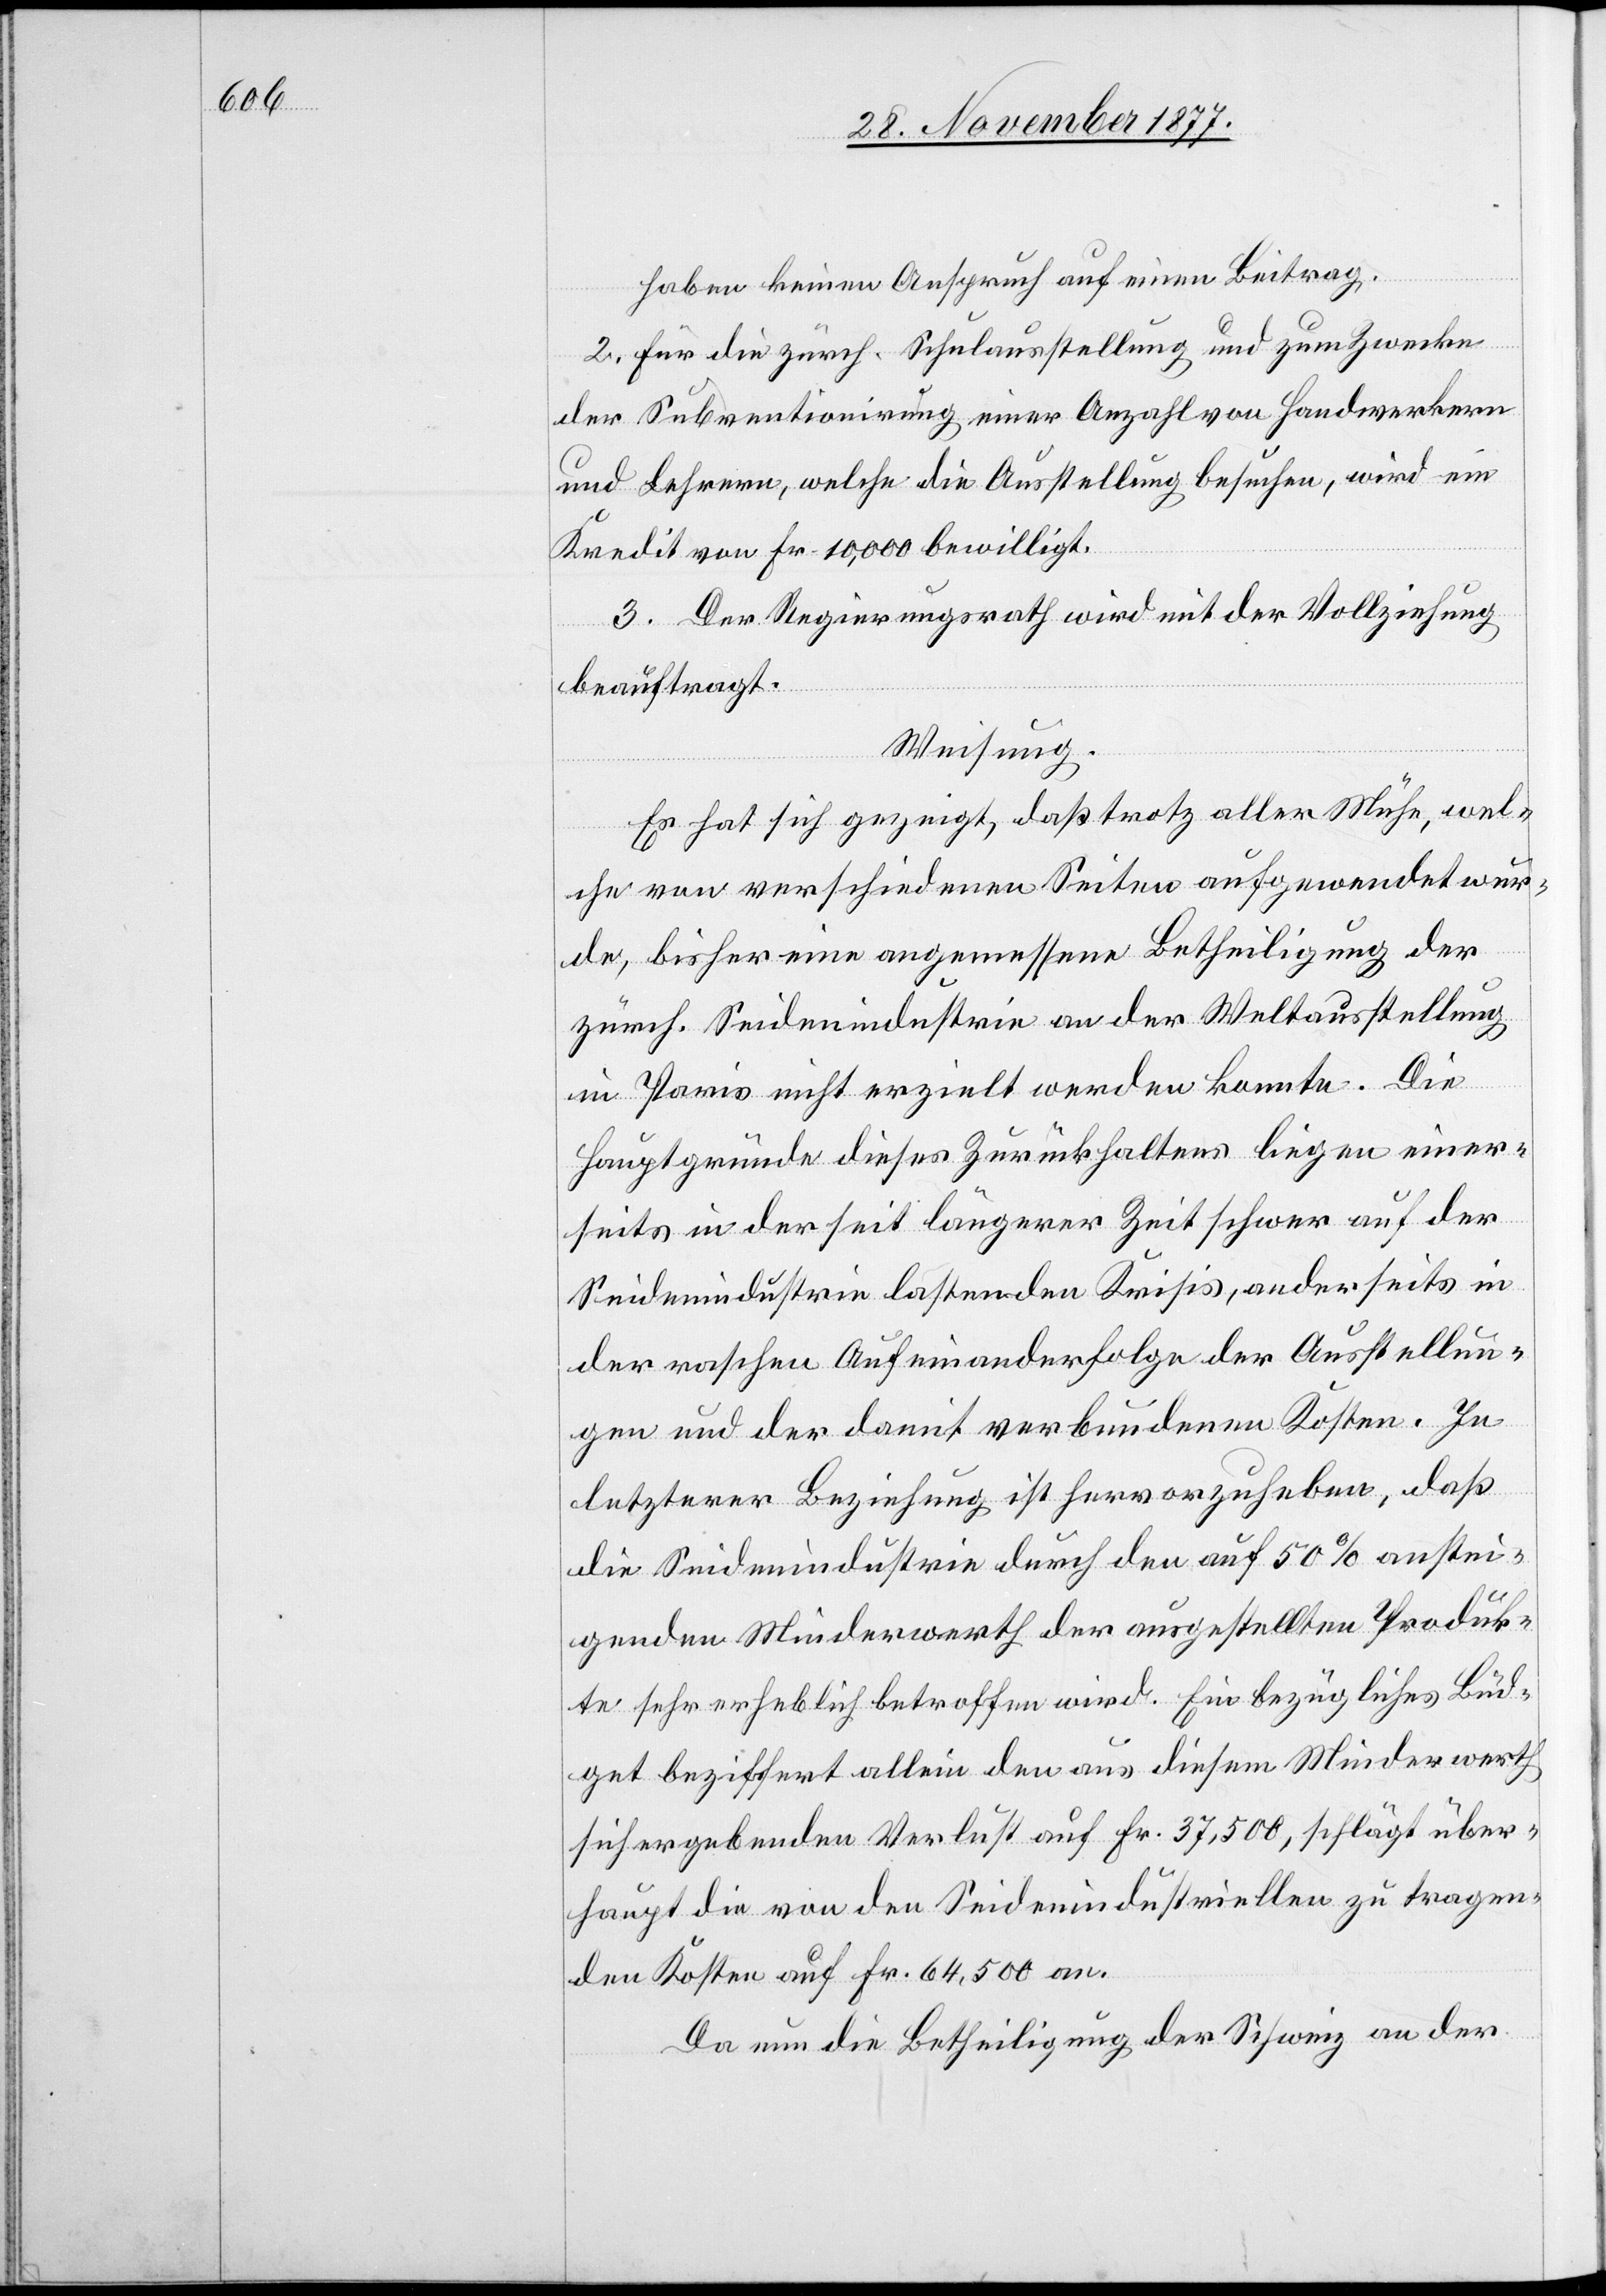
haben keinen Anspruch auf einen Beitrag.
2. Für die zürch. Schulausstellung und zum Zwecke
der Subventionirung einer Anzahl von Handwerkern
und Lehrern, welche die Ausstellung besuchen, wird ein
Kredit von Fr. 10,000 bewilligt.
3. Der Regierungsrath wird mit der Vollziehung
beauftragt.
Weisung.
Es hat sich gezeigt, daß trotz aller Mühe, wel¬
che von verschiedenen Seiten aufgewendet wur¬
de, bisher eine angemessene Betheiligung der
zürch. Seidenindustrie an der Weltausstellung
in Paris nicht erzielt werden konnte. Die
Hauptgründe dieses Zurückhaltens liegen einer¬
seits in der seit längerer Zeit schwer auf der
Seidenindustrie lastenden Krisis, anderseits in
der raschen Aufeinanderfolge der Ausstellun¬
gen und der damit verbundenen Kosten. In
letzterer Beziehung ist hervorzuheben, daß
die Seidenindustrie durch den auf 50% anstei¬
genden Minderwerth der ausgestellten Produk¬
te sehr erheblich betroffen wird. Ein bezügliches Büd¬
get beziffert allein den aus diesem Minderwerth
sich ergebenden Verlust auf Fr. 37,500, schlägt über¬
haupt die von den Seidenindustriellen zu tragen¬
den Kosten auf Fr. 64,500 an.
Da nun die Betheiligung der Schweiz an der